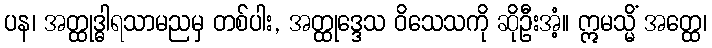
ပန၊ အတ္ထုဒ္ဓါရသာမညမှ တစ်ပါး, အတ္ထုဒ္ဒေသ ဝိသေသကို ဆိုဦးအံ့။ ဣမသ္မိံ အတ္ထေ၊